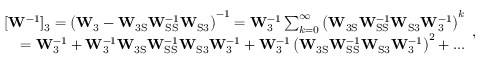
\begin{array} { r } { [ \mathbf { W } ^ { - 1 } ] _ { 3 } = \left( \mathbf { W } _ { 3 } - \mathbf { W } _ { \mathrm { 3 S } } \mathbf { W } _ { \mathrm { S S } } ^ { - 1 } \mathbf { W } _ { \mathrm { S 3 } } \right) ^ { - 1 } = \mathbf { W } _ { 3 } ^ { - 1 } \sum _ { k = 0 } ^ { \infty } \left( \mathbf { W } _ { \mathrm { 3 S } } \mathbf { W } _ { \mathrm { S S } } ^ { - 1 } \mathbf { W } _ { \mathrm { S 3 } } \mathbf { W } _ { 3 } ^ { - 1 } \right) ^ { k } } \\ { = \mathbf { W } _ { 3 } ^ { - 1 } + \mathbf { W } _ { 3 } ^ { - 1 } \mathbf { W } _ { \mathrm { 3 S } } \mathbf { W } _ { \mathrm { S S } } ^ { - 1 } \mathbf { W } _ { \mathrm { S 3 } } \mathbf { W } _ { 3 } ^ { - 1 } + \mathbf { W } _ { 3 } ^ { - 1 } \left( \mathbf { W } _ { \mathrm { 3 S } } \mathbf { W } _ { \mathrm { S S } } ^ { - 1 } \mathbf { W } _ { \mathrm { S 3 } } \mathbf { W } _ { 3 } ^ { - 1 } \right) ^ { 2 } + \dots } \end{array} ,